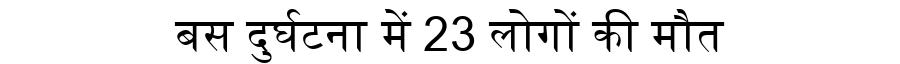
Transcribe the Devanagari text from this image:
बस दुर्घटना में 23 लोगों की मौत